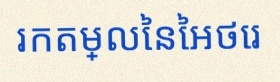
រកតម្លៃនៃអថេរ